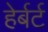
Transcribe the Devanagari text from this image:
हेर्बर्ट